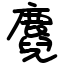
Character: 麑